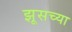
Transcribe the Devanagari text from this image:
झूसच्या